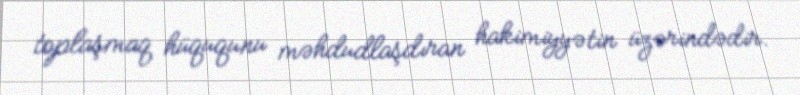
toplaşmaq hüququnu məhdudlaşdıran hakimiyyətin üzərindədir.